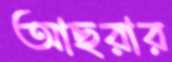
আছরার